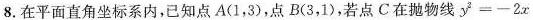
8.在平面直角坐标系内，已知点A（1，3）点B（3,1）若点C在抛物线y^{2}=-2x